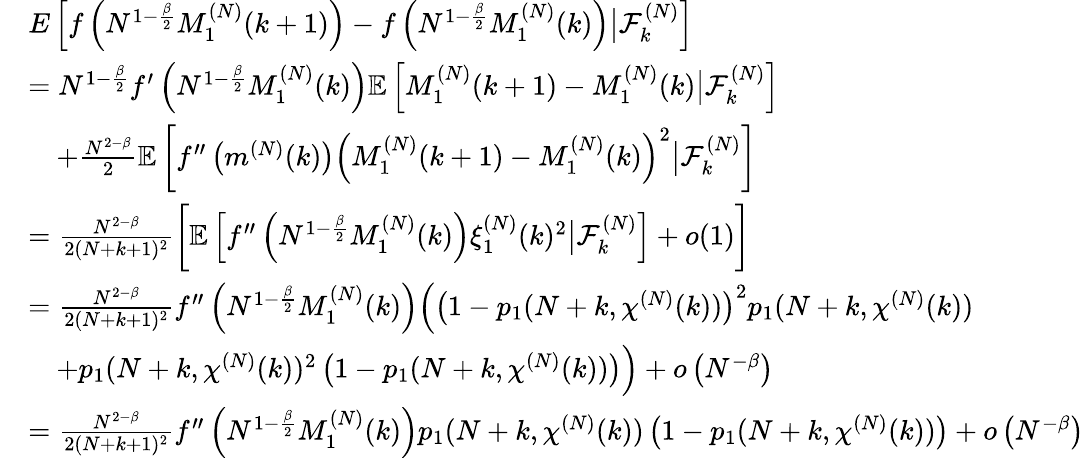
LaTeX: \begin{array}{rl}&{E\left[f\left(N^{1-\frac{\beta}{2}}M_{1}^{(N)}(k+1)\right)-f\left(N^{1-\frac{\beta}{2}}M_{1}^{(N)}(k)\right)\big|\mathcal{F}_{k}^{(N)}\right]}\\ &{=N^{1-\frac{\beta}{2}}f^{\prime}\left(N^{1-\frac{\beta}{2}}M_{1}^{(N)}(k)\right)\mathbb{E}\left[M_{1}^{(N)}(k+1)-M_{1}^{(N)}(k)\big|\mathcal{F}_{k}^{(N)}\right]}\\ &{\quad+\frac{N^{2-\beta}}{2}\mathbb{E}\left[f^{\prime\prime}\left(m^{(N)}(k)\right)\left(M_{1}^{(N)}(k+1)-M_{1}^{(N)}(k)\right)^{2}\big|\mathcal{F}_{k}^{(N)}\right]}\\ &{=\frac{N^{2-\beta}}{2(N+k+1)^{2}}\biggl[\mathbb{E}\left[f^{\prime\prime}\left(N^{1-\frac{\beta}{2}}M_{1}^{(N)}(k)\right)\xi_{1}^{(N)}(k)^{2}\big|\mathcal{F}_{k}^{(N)}\right]+o(1)\biggr]}\\ &{=\frac{N^{2-\beta}}{2(N+k+1)^{2}}f^{\prime\prime}\left(N^{1-\frac{\beta}{2}}M_{1}^{(N)}(k)\right)\Big(\left(1-p_{1}(N+k,\chi^{(N)}(k))\right)^{2}p_{1}(N+k,\chi^{(N)}(k))}\\ &{\quad+p_{1}(N+k,\chi^{(N)}(k))^{2}\left(1-p_{1}(N+k,\chi^{(N)}(k))\right)\Big)+o\left(N^{-\beta}\right)}\\ &{=\frac{N^{2-\beta}}{2(N+k+1)^{2}}f^{\prime\prime}\left(N^{1-\frac{\beta}{2}}M_{1}^{(N)}(k)\right)p_{1}(N+k,\chi^{(N)}(k))\left(1-p_{1}(N+k,\chi^{(N)}(k))\right)+o\left(N^{-\beta}\right)}\end{array}